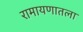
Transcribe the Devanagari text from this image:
रामायणातला